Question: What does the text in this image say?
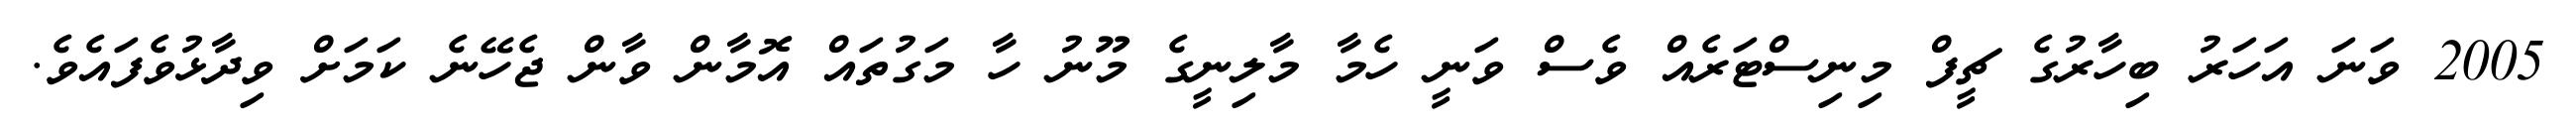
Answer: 2005 ވަނަ އަހަރު ބިހާރުގެ ޗީފް މިނިސްޓަރެއް ވެސް ވަނީ ހެމާ މާލިނީގެ މޫނު ހާ މަގުތައް އޮމާން ވާން ޖެހޭނެ ކަމަށް ވިދާޅުވެފައެވެ.